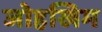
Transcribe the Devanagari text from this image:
जोहखिम